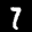
Label: 7